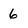
Character: 6